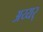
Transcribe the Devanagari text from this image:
अय्यर्